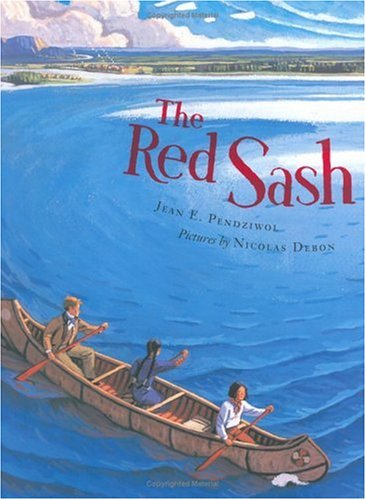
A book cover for The Red Sash; Jean E. Pendziwol; Children's Books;